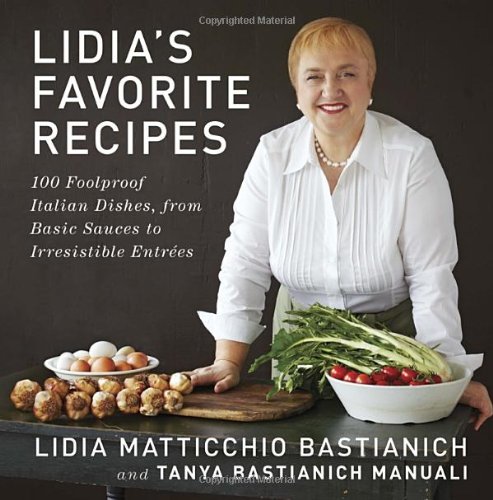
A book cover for Lidia's Favorite Recipes: 100 Foolproof Italian Dishes, from Basic Sauces to Irresistible Entrees; Lidia Matticchio Bastianich; Cookbooks, Food & Wine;